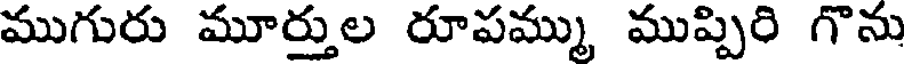
ముగురు మూర్తుల రూపమ్ము ముప్పిరి గొను